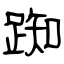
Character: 踟